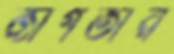
জাগতার